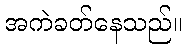
အကဲခတ်နေသည်။